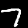
Label: 7